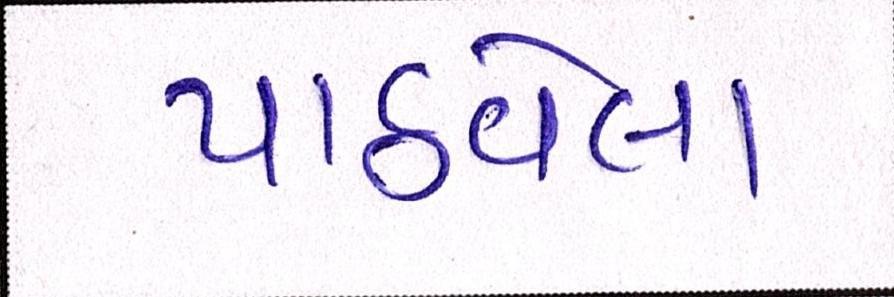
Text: પાઠવેલા